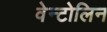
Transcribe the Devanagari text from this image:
वेन्टोलिन